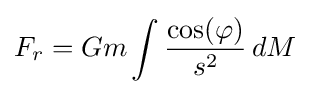
F_{r}=Gm\int {\frac {\cos(\varphi )}{s^{2}}}\,dM